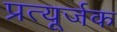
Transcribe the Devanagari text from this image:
प्रत्यूर्जक